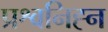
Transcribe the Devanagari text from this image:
प्रश्वनिह्न